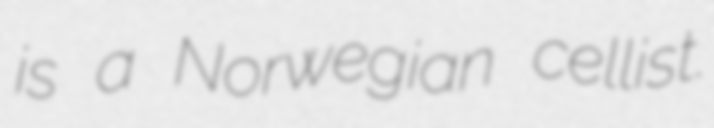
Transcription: is a Norwegian cellist.